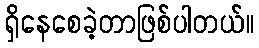
ရှိနေစေခဲ့တာဖြစ်ပါတယ်။